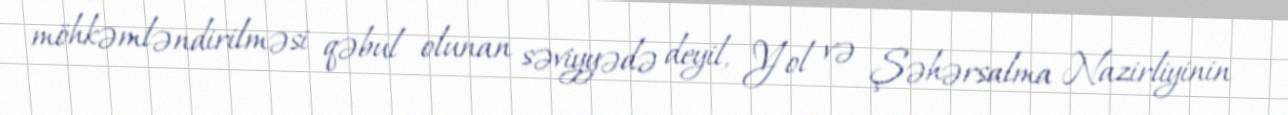
möhkəmləndirilməsi qəbul olunan səviyyədə deyil, Yol və Şəhərsalma Nazirliyinin